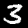
Label: 3